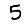
Digit: 5